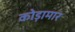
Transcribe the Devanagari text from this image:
कोड़ामार